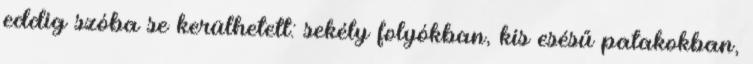
eddig szóba se kerülhetett: sekély folyókban, kis esésű patakokban,